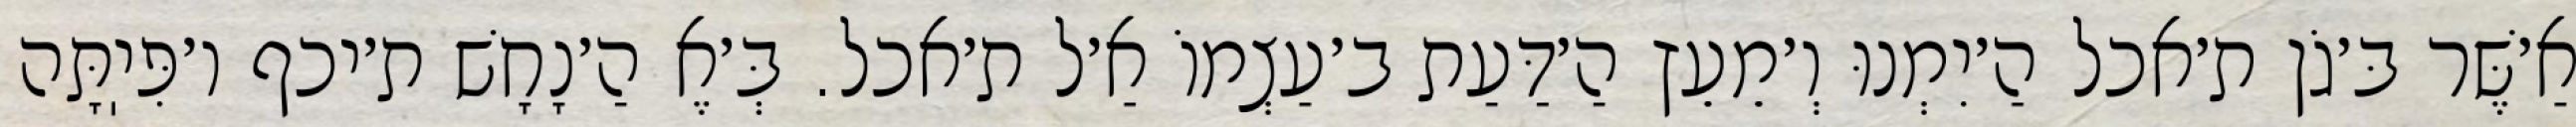
אַ׳שֶּׁר בּ׳גֹן ת׳אכל הַ׳יִמְנוּ וְ׳מֵעֵץ הַ׳דַּעַת ב׳עַצְמוֹ אַ׳ל ת׳אכל. בְּ׳אֶ הַ׳נָחָשׁ ת׳יכף ו׳פִּיֽתָּה